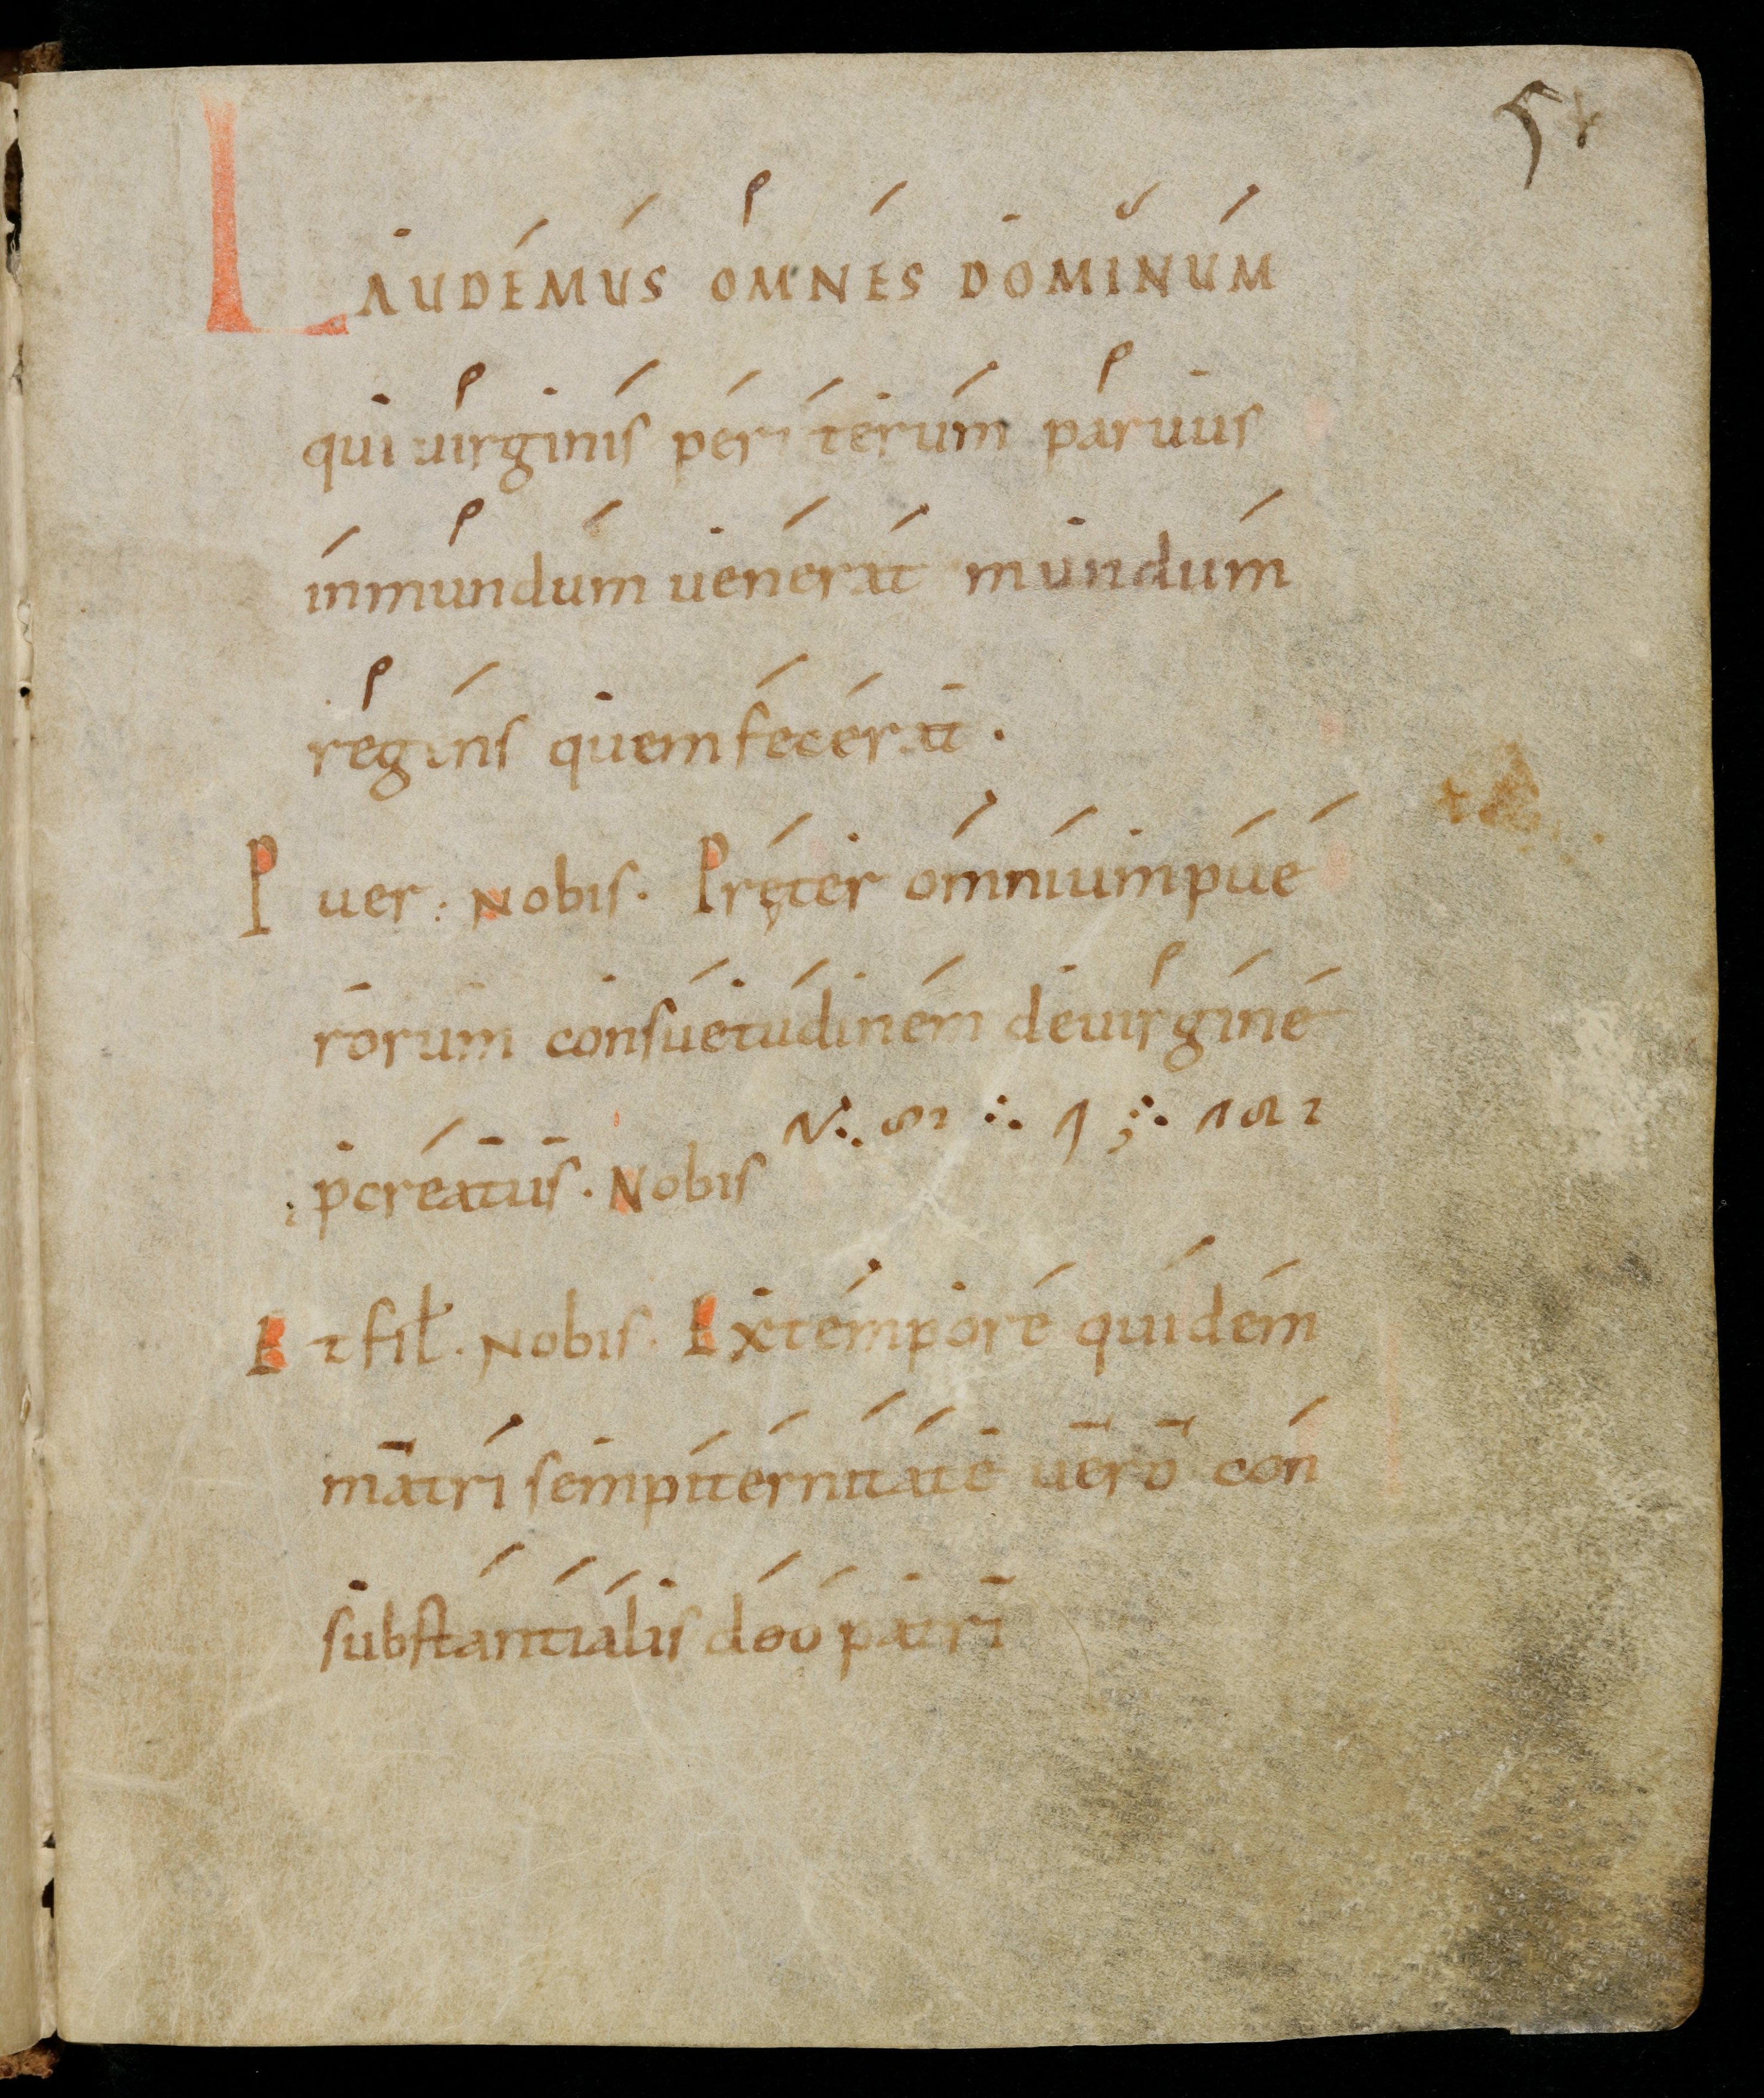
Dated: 900–999